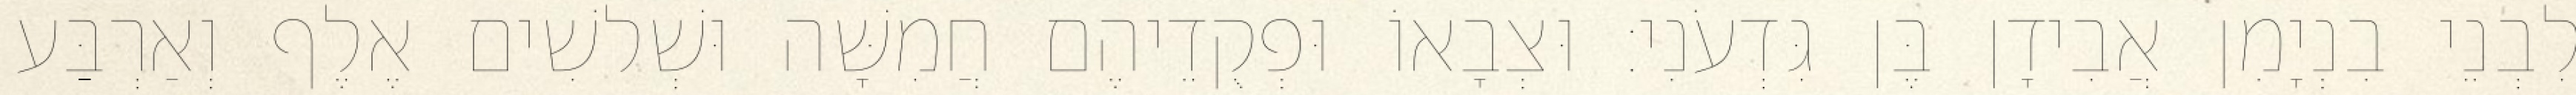
לִבְנֵי בִנְיָמִן אֲבִידָן בֶּן גִּדְעֹנִי׃ וּצְבָאוֹ וּפְקֻדֵיהֶם חֲמִשָּׁה וּשְׁלשִׁים אֶלֶף וְאַרְבַּע